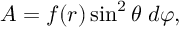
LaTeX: { \cal A } = f ( r ) \sin ^ { 2 } \theta \; d \varphi ,